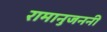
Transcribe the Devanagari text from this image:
रामानुजननी